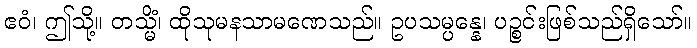
ဧဝံ၊ ဤသို့။ တသ္မိံ၊ ထိုသုမနသာမဏေသည်။ ဥပသမ္ပန္နေ၊ ပဉ္စင်းဖြစ်သည်ရှိသော်။